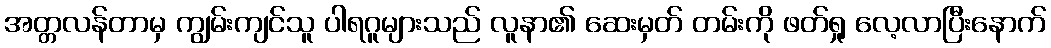
အတ္တလန်တာမှ ကျွမ်းကျင်သူ ပါရဂူများသည် လူနာ၏ ဆေးမှတ် တမ်းကို ဖတ်ရှု လေ့လာပြီးနောက်